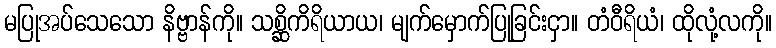
မပြုအပ်သေသော နိဗ္ဗာန်ကို။ သစ္ဆိကိရိယာယ၊ မျက်မှောက်ပြုခြင်းငှာ။ တံဝီရိယံ၊ ထိုလုံ့လကို။